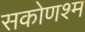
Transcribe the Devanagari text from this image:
सकोणश्म